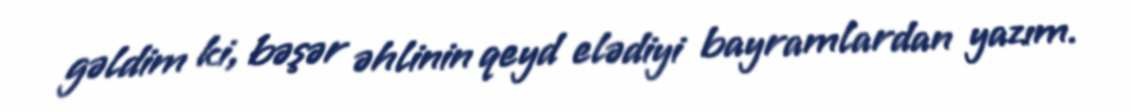
gəldim ki, bəşər əhlinin qeyd elədiyi bayramlardan yazım.